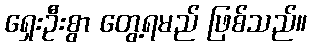
ရှေးဦးစွာ တွေ့ရမည် ဖြစ်သည်။